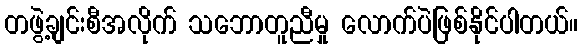
တဖွဲ့ချင်းစီအလိုက် သဘောတူညီမှု လောက်ပဲဖြစ်နိုင်ပါတယ်။